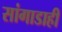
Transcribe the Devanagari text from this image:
सांगाडाही